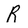
Character: R